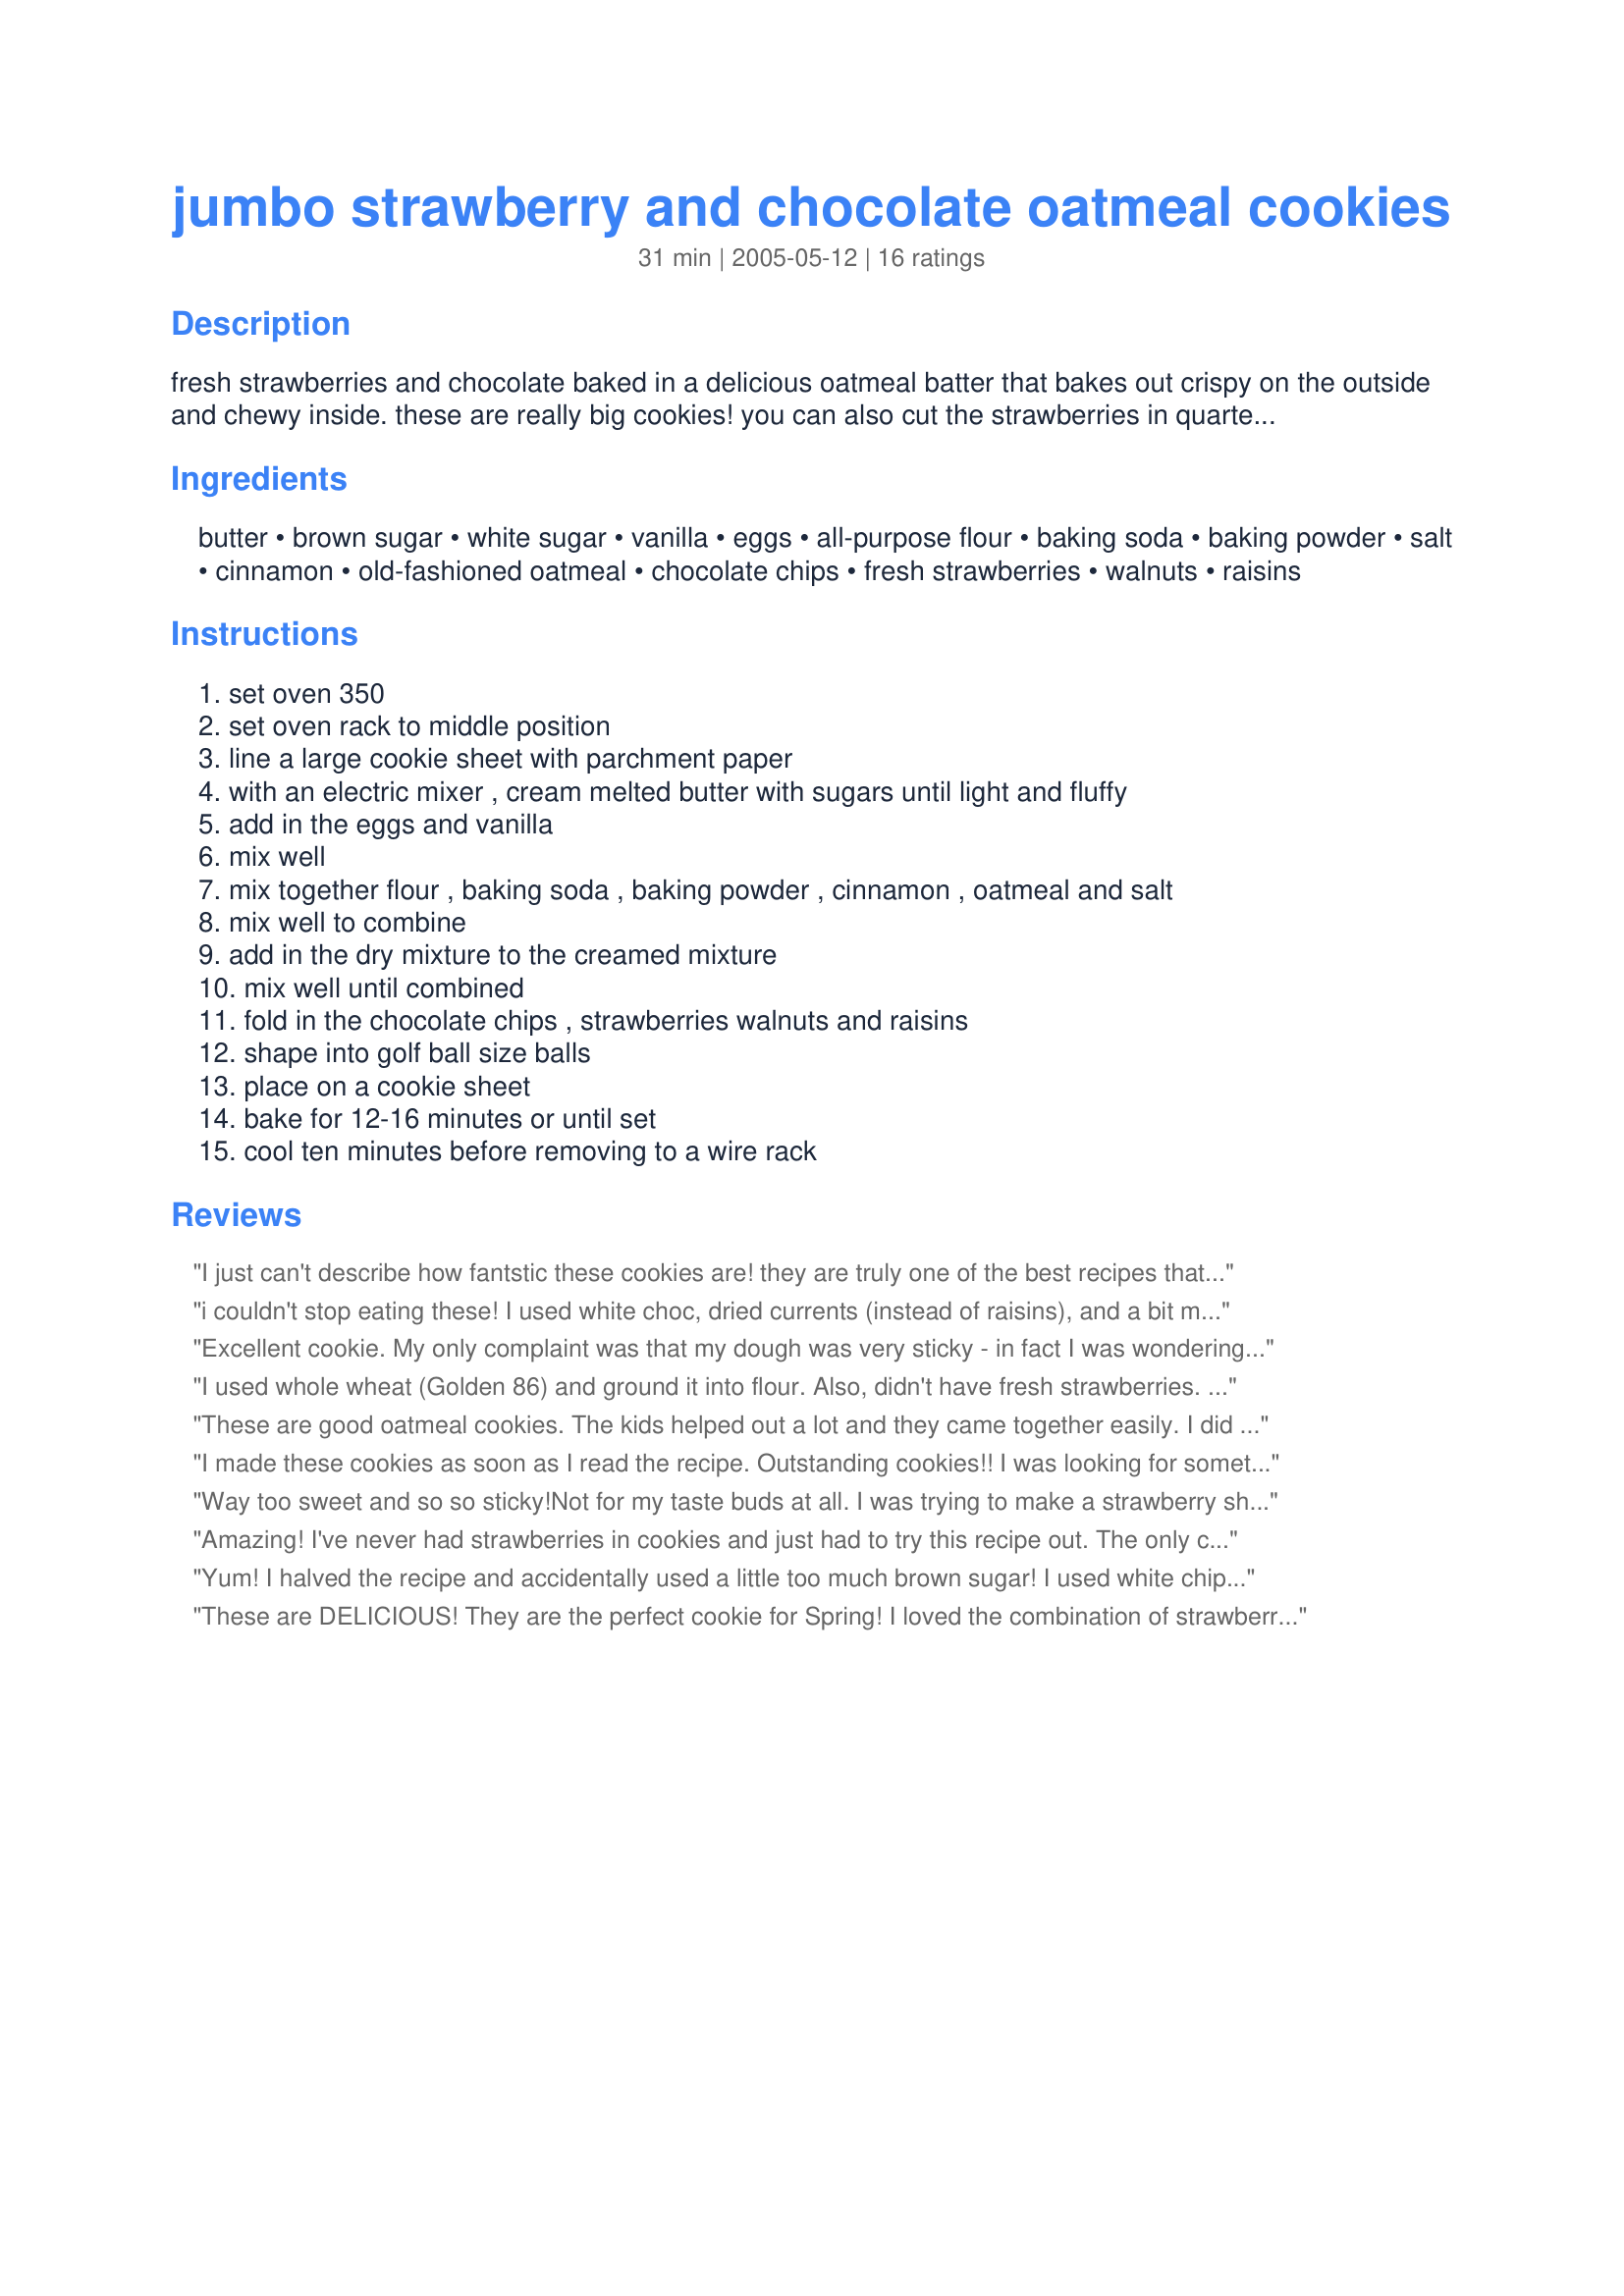
jumbo strawberry and chocolate oatmeal cookies
Preparation time: 31 minutes

fresh strawberries and chocolate baked in a delicious oatmeal batter that bakes out crispy on the outside and chewy inside. these are really big cookies! you can also cut the strawberries in quarters, depending on how large your berries are, also these oatmeal cookies are still delicious without using the strawberries.

Ingredients:
butter, brown sugar, white sugar, vanilla, eggs, all-purpose flour, baking soda, baking powder, salt, cinnamon, old-fashioned oatmeal, chocolate chips, fresh strawberries, walnuts, raisins

Steps:
set oven 350, set oven rack to middle position, line a large cookie sheet with parchment paper, with an electric mixer , cream melted butter with sugars until light and fluffy, add in the eggs and vanilla, mix well, mix together flour , baking soda , baking powder , cinnamon , oatmeal and salt, mix well to combine, add in the dry mixture to the creamed mixture, mix well until combined, fold in the chocolate chips , strawberries walnuts and raisins, shape into golf ball size balls, place on a cookie sheet, bake for 12-16 minutes or until set, cool ten minutes before removing to a wire rack

Reviews:
I just can't describe how fantstic these cookies are! they are truly one of the best recipes that I have ever made, I will make these even without the strawberries. I made the mistake of adding in 2 tablespoons of honey, they were still amazing, another winner by KITTENCAL! thank you for all of your fantastic recipes! everyone should try these cookies, they are the best!
i couldn't stop eating these! I used white choc, dried currents (instead of raisins), and a bit more strawberry. I did it in a 9x13 pan (somewhat thick) for 30 min or more (can't remember). Warm from the oven it would have been good with some ice cream, but the next day, they were even better! EVERYONE liked these! I may try again this fall with apples and carmel bits.
Excellent cookie. My only complaint was that my dough was very sticky - in fact I was wondering if I added the correct amount of flour. But, when I tasted them, they were perfect. I made half the batch with chocolate chips and half with white chips. Both were good, but we preferred the white chips. I used quick oats as that is all that I had. I must have made mine smaller as I got 48 cookies and baked them 15 minutes. Thanks Kitten for another great recipe.
I used whole wheat (Golden 86) and ground it into flour. Also, didn't have fresh strawberries. Sure they would have been divine. Instead, added a couple handfuls of freeze-dried strawberries. The batter seemed a bit soupy to me, so I added a few spoonfuls more of flour. <br/><br/>These were really yummy. Thanks so much.
These are good oatmeal cookies. The kids helped out a lot and they came together easily. I did not have any nuts so I upped the chocolate chips by 1/2 cup. I actually think that overpowered the strawberry taste so I wouldn't do that next time. The timing on these is perfect. I sent most of them next door to my pregnant neighbor. Thanks Kittencal!
I made these cookies as soon as I read the recipe. Outstanding cookies!! I was looking for something to make with a box of strawberries that I needed to use up, and this recipe caught my eye. I followed the recipe as is with the exception of cutting the strawberries into smaller chunks. The only thing that I wasn't expecting is how much the cookies spread out. Definitely space out the cookies. I can see now why several reviewers chose to make them in a 9x13 and cut into bars. I will do that the next time I make this recipe. Thanks for a great way to use up strawberries, and a great oatmeal cookie base I plan to use with different kinds of fruit and chips in the future.
Way too sweet and so so sticky!Not for my taste buds at all. I was trying to make a strawberry shortcake cookie. I couldn't wait to try these out of the oven but, I don't know what went wrong- it was a disaster!
Amazing! I've never had strawberries in cookies and just had to try this recipe out. The only change I made was to omit the walnuts, I'm not a huge fan of those. I shared these with several others and received many compliments. The only suggestion I have is to add more berries. One strawberry per cookie is not enough.
Yum! I halved the recipe and accidentally used a little too much brown sugar! I used white chips since I had those on hand (and I think they worked well). Very tasty cookies! Easy to make and I do recommend! Mine fell apart pretty easily, but they tasted good!
These are DELICIOUS! They are the perfect cookie for Spring! I loved the combination of strawberries, chocolate and oatmeal. I never thought to put fruit pieces in a cookie. Even the batter was irrestible! They were a little difficult to get off the pan without falling apart, but that is only because I had no parchment paper! I will certainly make these again, Thanks Kittencal for another winner! :)
Very delicious and addicting recipe! Made a lot and are nice and soft. Next time I'll add less chocolate chips - just personal preference. Thanks Kittencal!
Oh My!!!

These cookies were soooo delicious!
I used white chocolate instead or regular chocolate and they turned out yummy!
Thanks for this recipe! I would never have thought to put strawberries, cinnamon and chocolate together in oatmeal cookies. These were a unique, tasty treat. Also, thanks for providing the picture, which is what really motivated me to try these.
These were delicious and definately a good use of strawberries. I reduced the size a little and made them about 2 inches across and came up with about 40 cookies. Next time I will cut the strawberries a little smaller.. about a half inch square (or round lol).. Also I think I would like to try these with quick 1 minute oatmeal. Just a preference. They were great Kittencal.. Thanks
Fantastic! I baked mine in a 9x13 pan so I had bars rather than cookies. I also used 2 cups of strawberries and sliced them in quarters instead of in half. Wonderful flavor and perfectly chewy. Thanks for the recipe Kittencal!
This was an interesting combination and tasty (I left out the walnuts and raisins). The cookies turned out a little too flat for me; next time I will just soften the butter instead of completely melting it. FYI, 1 pint of strawberries yields about 2 cups. I found that the cookies baked best when the strawberries were on the top and not touching the cookie sheet. Next time I won't mix them in and will just press them into the top of the cookies.
